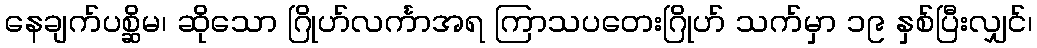
နေချက်ပစ္ဆိမ၊ ဆိုသော ဂြိုဟ်လင်္ကာအရ ကြာသပတေးဂြိုဟ် သက်မှာ ၁၉ နှစ်ပြီးလျှင်၊